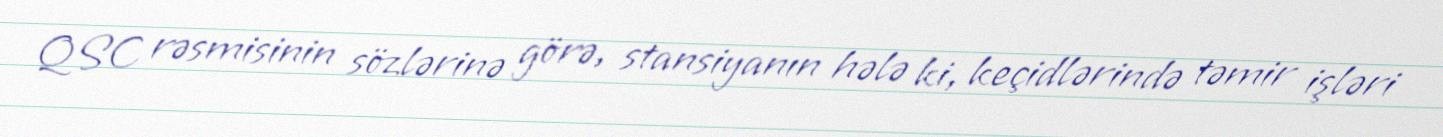
QSC rəsmisinin sözlərinə görə, stansiyanın hələ ki, keçidlərində təmir işləri